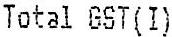
TOTAL GST(I)